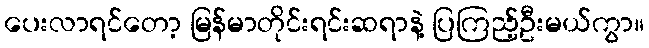
ပေးလာရင်တော့ မြန်မာတိုင်းရင်းဆရာနဲ့ ပြကြည့်ဦးမယ်ကွာ။